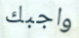
واجبك